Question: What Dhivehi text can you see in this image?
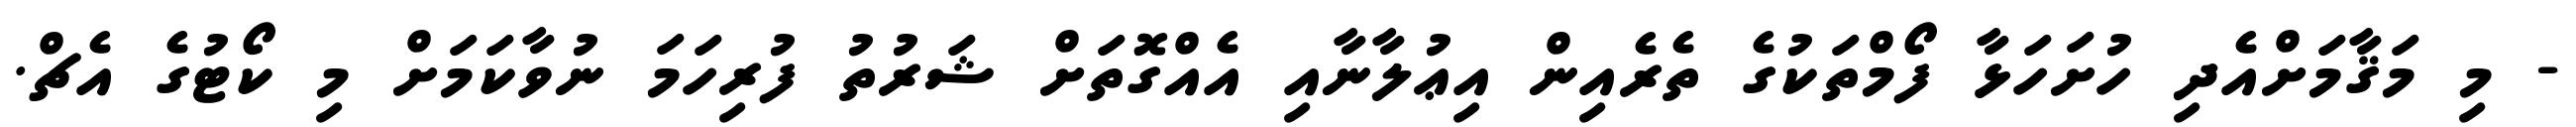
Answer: - މި މަޤާމަށްއެދި ހުށަހަޅާ ފޯމްތަކުގެ ތެރެއިން އިޢުލާނާއި އެއްގޮތަށް ޝަރުތު ފުރިހަމަ ނުވާކަމަށް މި ކޯޓުގެ އެޗް.